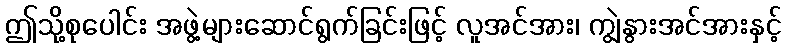
ဤသို့စုပေါင်း အဖွဲ့များဆောင်ရွက်ခြင်းဖြင့် လူအင်အား၊ ကျွဲနွားအင်အားနှင့်